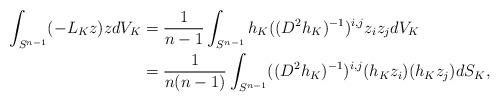
LaTeX: \begin{align*}\int_{S^{n-1}} (-L_K z) z dV_K & = \frac{1}{n-1} \int_{S^{n-1}} h_K ((D^2 h_K)^{-1})^{i,j} z_i z_j dV_K \\& = \frac{1}{n (n-1)}\int_{S^{n-1}} ((D^2 h_K)^{-1})^{i,j} (h_K z_i) (h_K z_j) dS_K ,\end{align*}